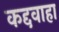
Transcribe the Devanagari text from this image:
कद्दवाहा